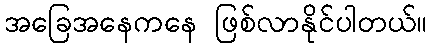
အခြေအနေကနေ ဖြစ်လာနိုင်ပါတယ်။